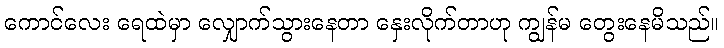
ကောင်လေး ရေထဲမှာ လျှောက်သွားနေတာ နှေးလိုက်တာဟု ကျွန်မ တွေးနေမိသည်။